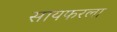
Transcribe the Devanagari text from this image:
सायफरला